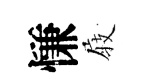
慊𡲆